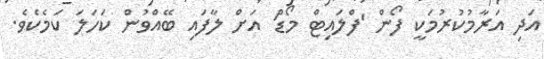
އަދި އަރާމުކުރުމަކީ ފޯން 'ފްލައިޓް މޯޑް' އަށް ލާފައި ބޭއްވުން ކަހަލަ ކަމެކެވެ.